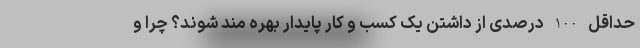
حداقل 100 درصدی از داشتن یک کسب و کار پایدار بهره مند شوند؟ چرا و